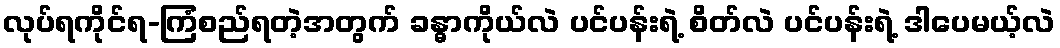
လုပ်ရကိုင်ရ-ကြံစည်ရတဲ့အတွက် ခန္ဓာကိုယ်လဲ ပင်ပန်းရဲ့ စိတ်လဲ ပင်ပန်းရဲ့ ဒါပေမယ့်လဲ